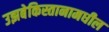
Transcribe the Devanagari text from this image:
उझबेकिस्तानामधील